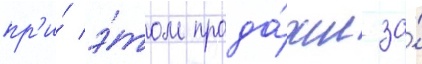
пр'и́ э́том прода́жи за́